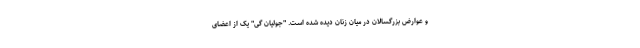
و عوارض بزرگسالان در میان زنان دیده شده است. "جولیان گی" یک از اعضای